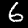
Digit: 6